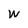
Character: W